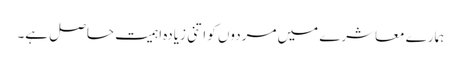
ہمارے معاشرے میں مردوں کو اتنی زیادہ اہمیت حاصل ہے۔